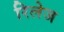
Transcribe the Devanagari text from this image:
रिलेज